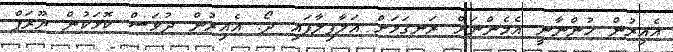
އެއިރުން ހުންނާނީ އެމެންނަަށް ރަނގަޅަށް އަލާފިލާފައި ދޯ. އެއިރުން ދުވަސް ކޮޅަކުން ޔޫރަޕް